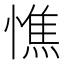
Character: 憔